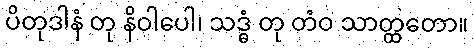
ပိတုဒါနံ တု နိဝါပေါ၊ သဒ္ဓံ တု တံဝ သာတ္ထတော။